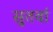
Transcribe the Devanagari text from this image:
सुतवां